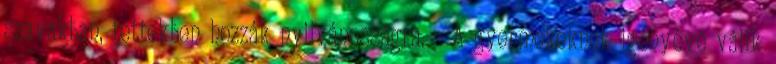
szavakban, tettekben hozzák nyilvánosságra. - A gyermekeknek igényévé válik